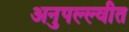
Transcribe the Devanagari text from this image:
अनुपल्ल्वीत